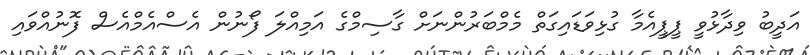
އަދީބު ވިދާޅުވީ ޕީޕީއެމާ ގުޅިވަޑައިގަތް މެމްބަރުންނަށް ގާސިމްގެ އަމިއްލަ ފޯނުން އެސްއެމްއެސް ފޮނުއްވައި